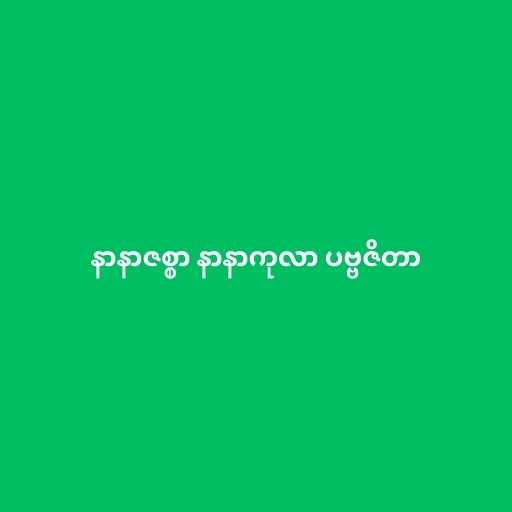
နာနာဇစ္စာ နာနာကုလာ ပဗ္ဗဇိတာ